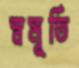
স্বমূর্তি